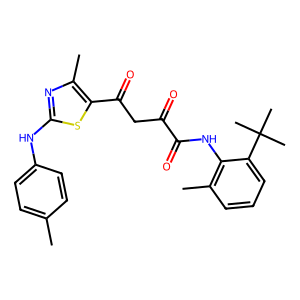
SMILES: Cc1ccc(Nc2nc(C)c(C(=O)CC(=O)C(=O)Nc3c(C)cccc3C(C)(C)C)s2)cc1
Inhibits HIV replication: No